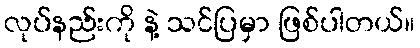
လုပ်နည်းကို နဲ့ သင်ပြမှာ ဖြစ်ပါတယ်။